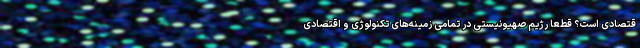
قتصادی است؟ قطعا رژیم صهیونیستی در تمامی زمینه‌های تکنولوژی و اقتصادی